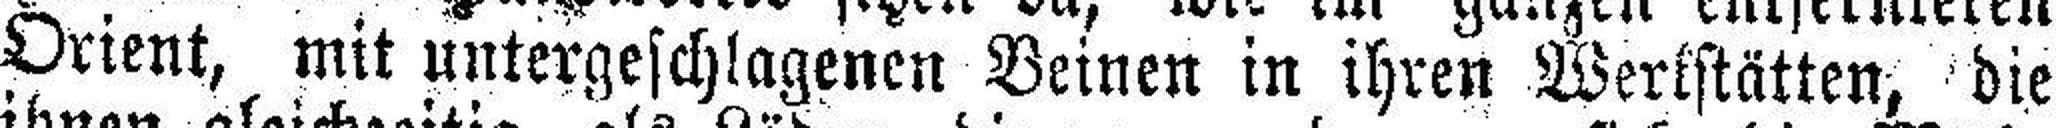
Orient, mit untergeschlagenen Beinen in ihren Wertstätten, die